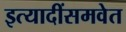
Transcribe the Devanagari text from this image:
इत्यादींसमवेत